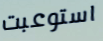
استوعبت